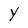
Character: Y